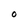
Character: O